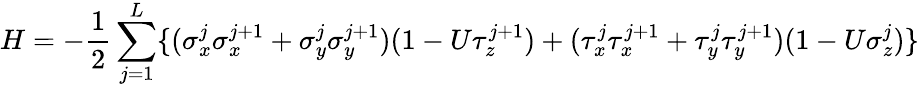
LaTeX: H=-\frac{1}{2}\sum_{j=1}^{L}\{ (\sigma_{x}^{j}\sigma_{x}^{j+1}+\sigma_{y}^{j}\sigma_{y}^{j+1})(1-U\tau_{z}^{j+1})+(\tau_{x}^{j}\tau_{x}^{j+1}+\tau_{y}^{j}\tau_{y}^{j+1})(1-U\sigma_{z}^{j})\}